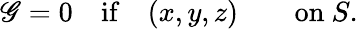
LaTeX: \mathscr{G}=0\quad{\mathrm{{if}}}\quad(x,y,z)\qquad{\mathrm{{on~}}}S.